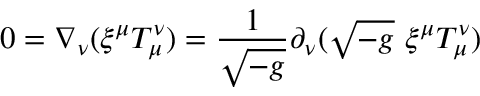
0 = \nabla _ { \nu } ( \xi ^ { \mu } T _ { \mu } ^ { \nu } ) = { \frac { 1 } { \sqrt { - g } } } \partial _ { \nu } ( { \sqrt { - g } } \ \xi ^ { \mu } T _ { \mu } ^ { \nu } )